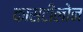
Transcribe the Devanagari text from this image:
कासटीलोन